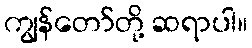
ကျွန်တော်တို့ ဆရာပါ။